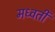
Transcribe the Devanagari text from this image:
मध्वर्ती